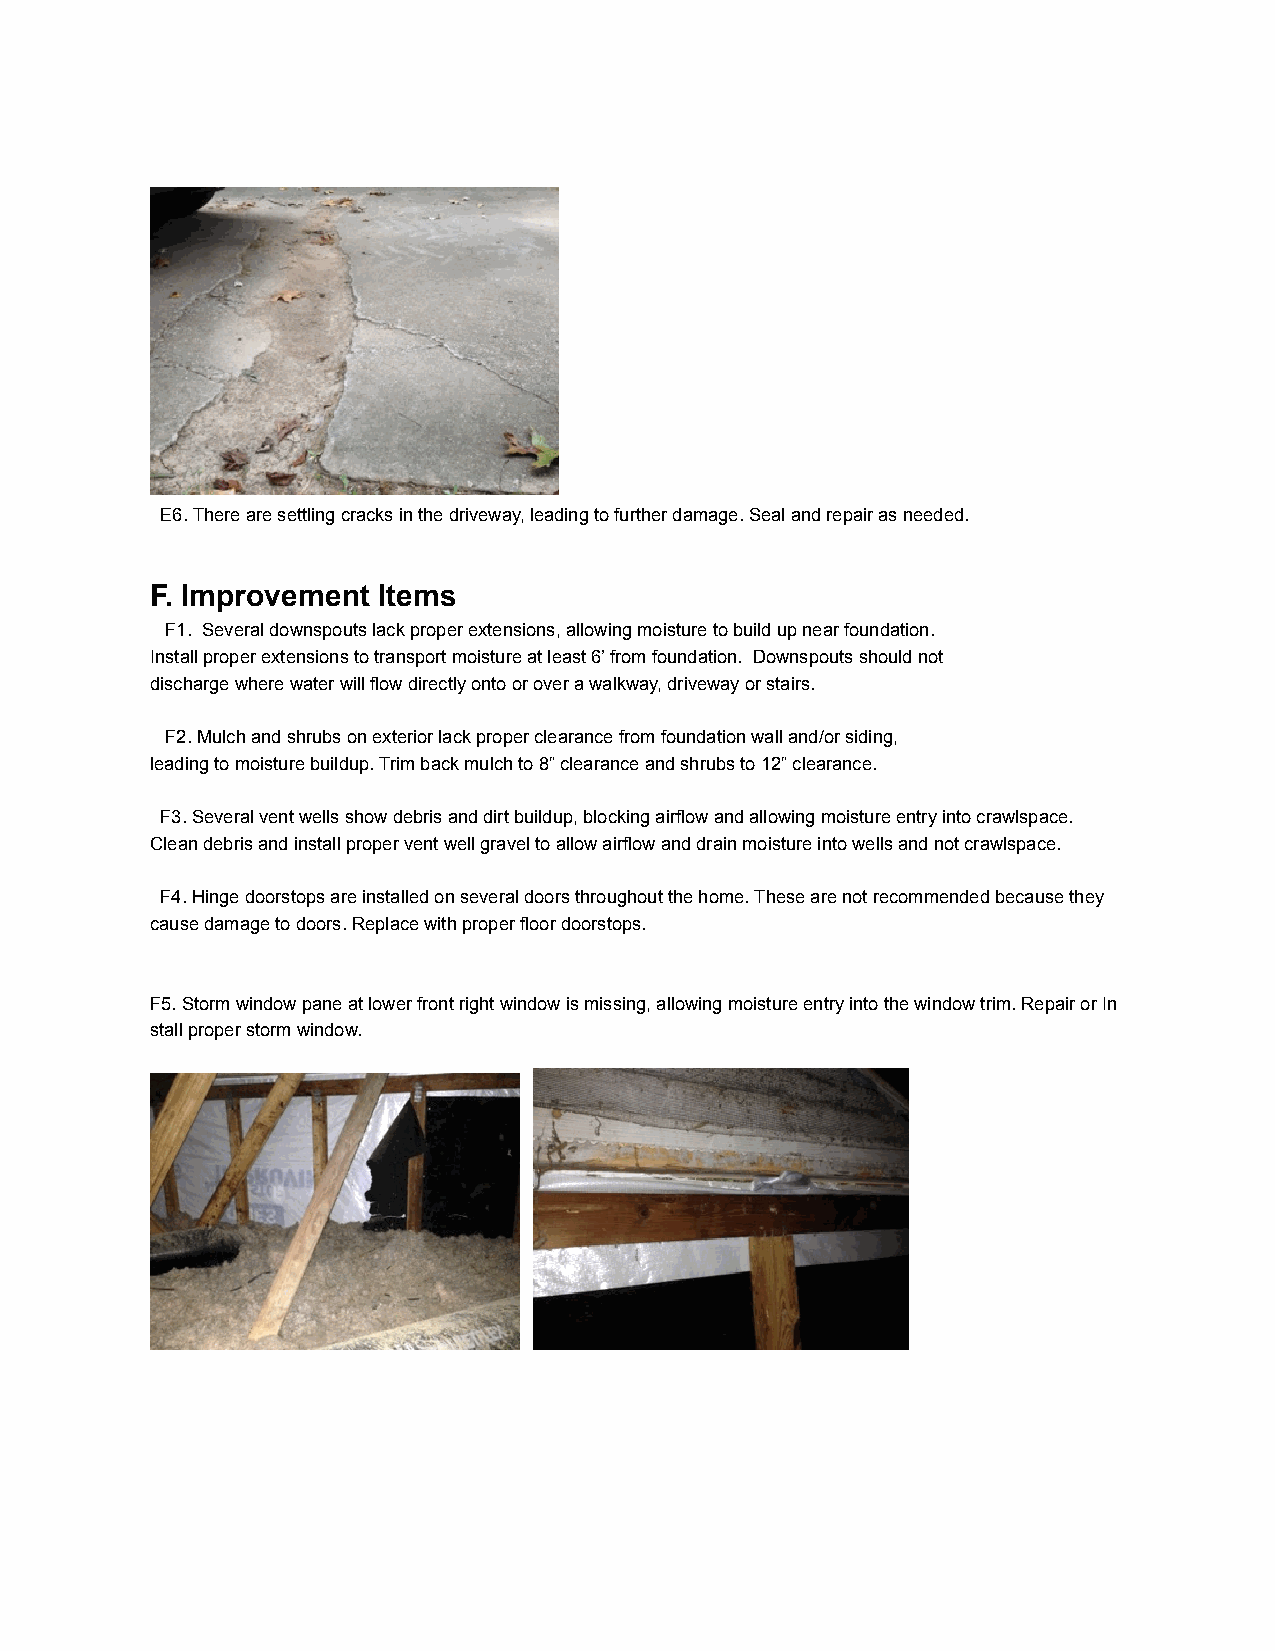
E6. There are settling cracks in the driveway, leading to further damage. Seal and repair as needed.
 F. Improvement Items
 F1. Several downspouts lack proper extensions, allowing moisture to build up near foundation.
 Install proper extensions to transport moisture at least 6’ from foundation. Downspouts should not
 discharge where water will flow directly onto or over a walkway, driveway or stairs.
 F2. Mulch and shrubs on exterior lack proper clearance from foundation wall and/or siding,
 leading to moisture buildup. Trim back mulch to 8” clearance and shrubs to 12” clearance.
 F3. Several vent wells show debris and dirt buildup, blocking airflow and allowing moisture entry into crawlspace.
 Clean debris and install proper vent well gravel to allow airflow and drain moisture into wells and not crawlspace.
 F4. Hinge doorstops are installed on several doors throughout the home. These are not recommended because they
 cause damage to doors. Replace with proper floor doorstops.
 F5. Storm window pane at lower front right window is missing, allowing moisture entry into the window trim. Repair or In
 stall proper storm window.